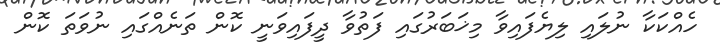
ހެއްކަކާ ނުލައި ލިޔެފައިވާ މިޚަބަރުގައި ފަތުވާ ދީފައިވަނީ ކޮން ތަނެއްގައި ނުވަތަ ކޮން